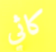
كاثي